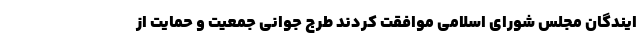
ایندگان مجلس شورای اسلامی موافقت کردند طرج جوانی جمعیت و حمایت از